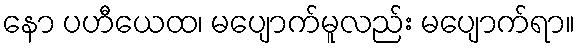
နော ပဟီယေထ၊ မပျောက်မူလည်း မပျောက်ရာ။